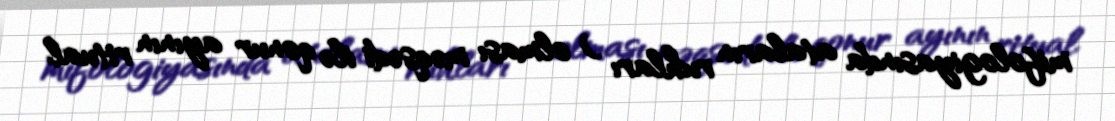
mifologiyasında ataların ruhları ) olması məqsədi ilə qonur ayının ritual